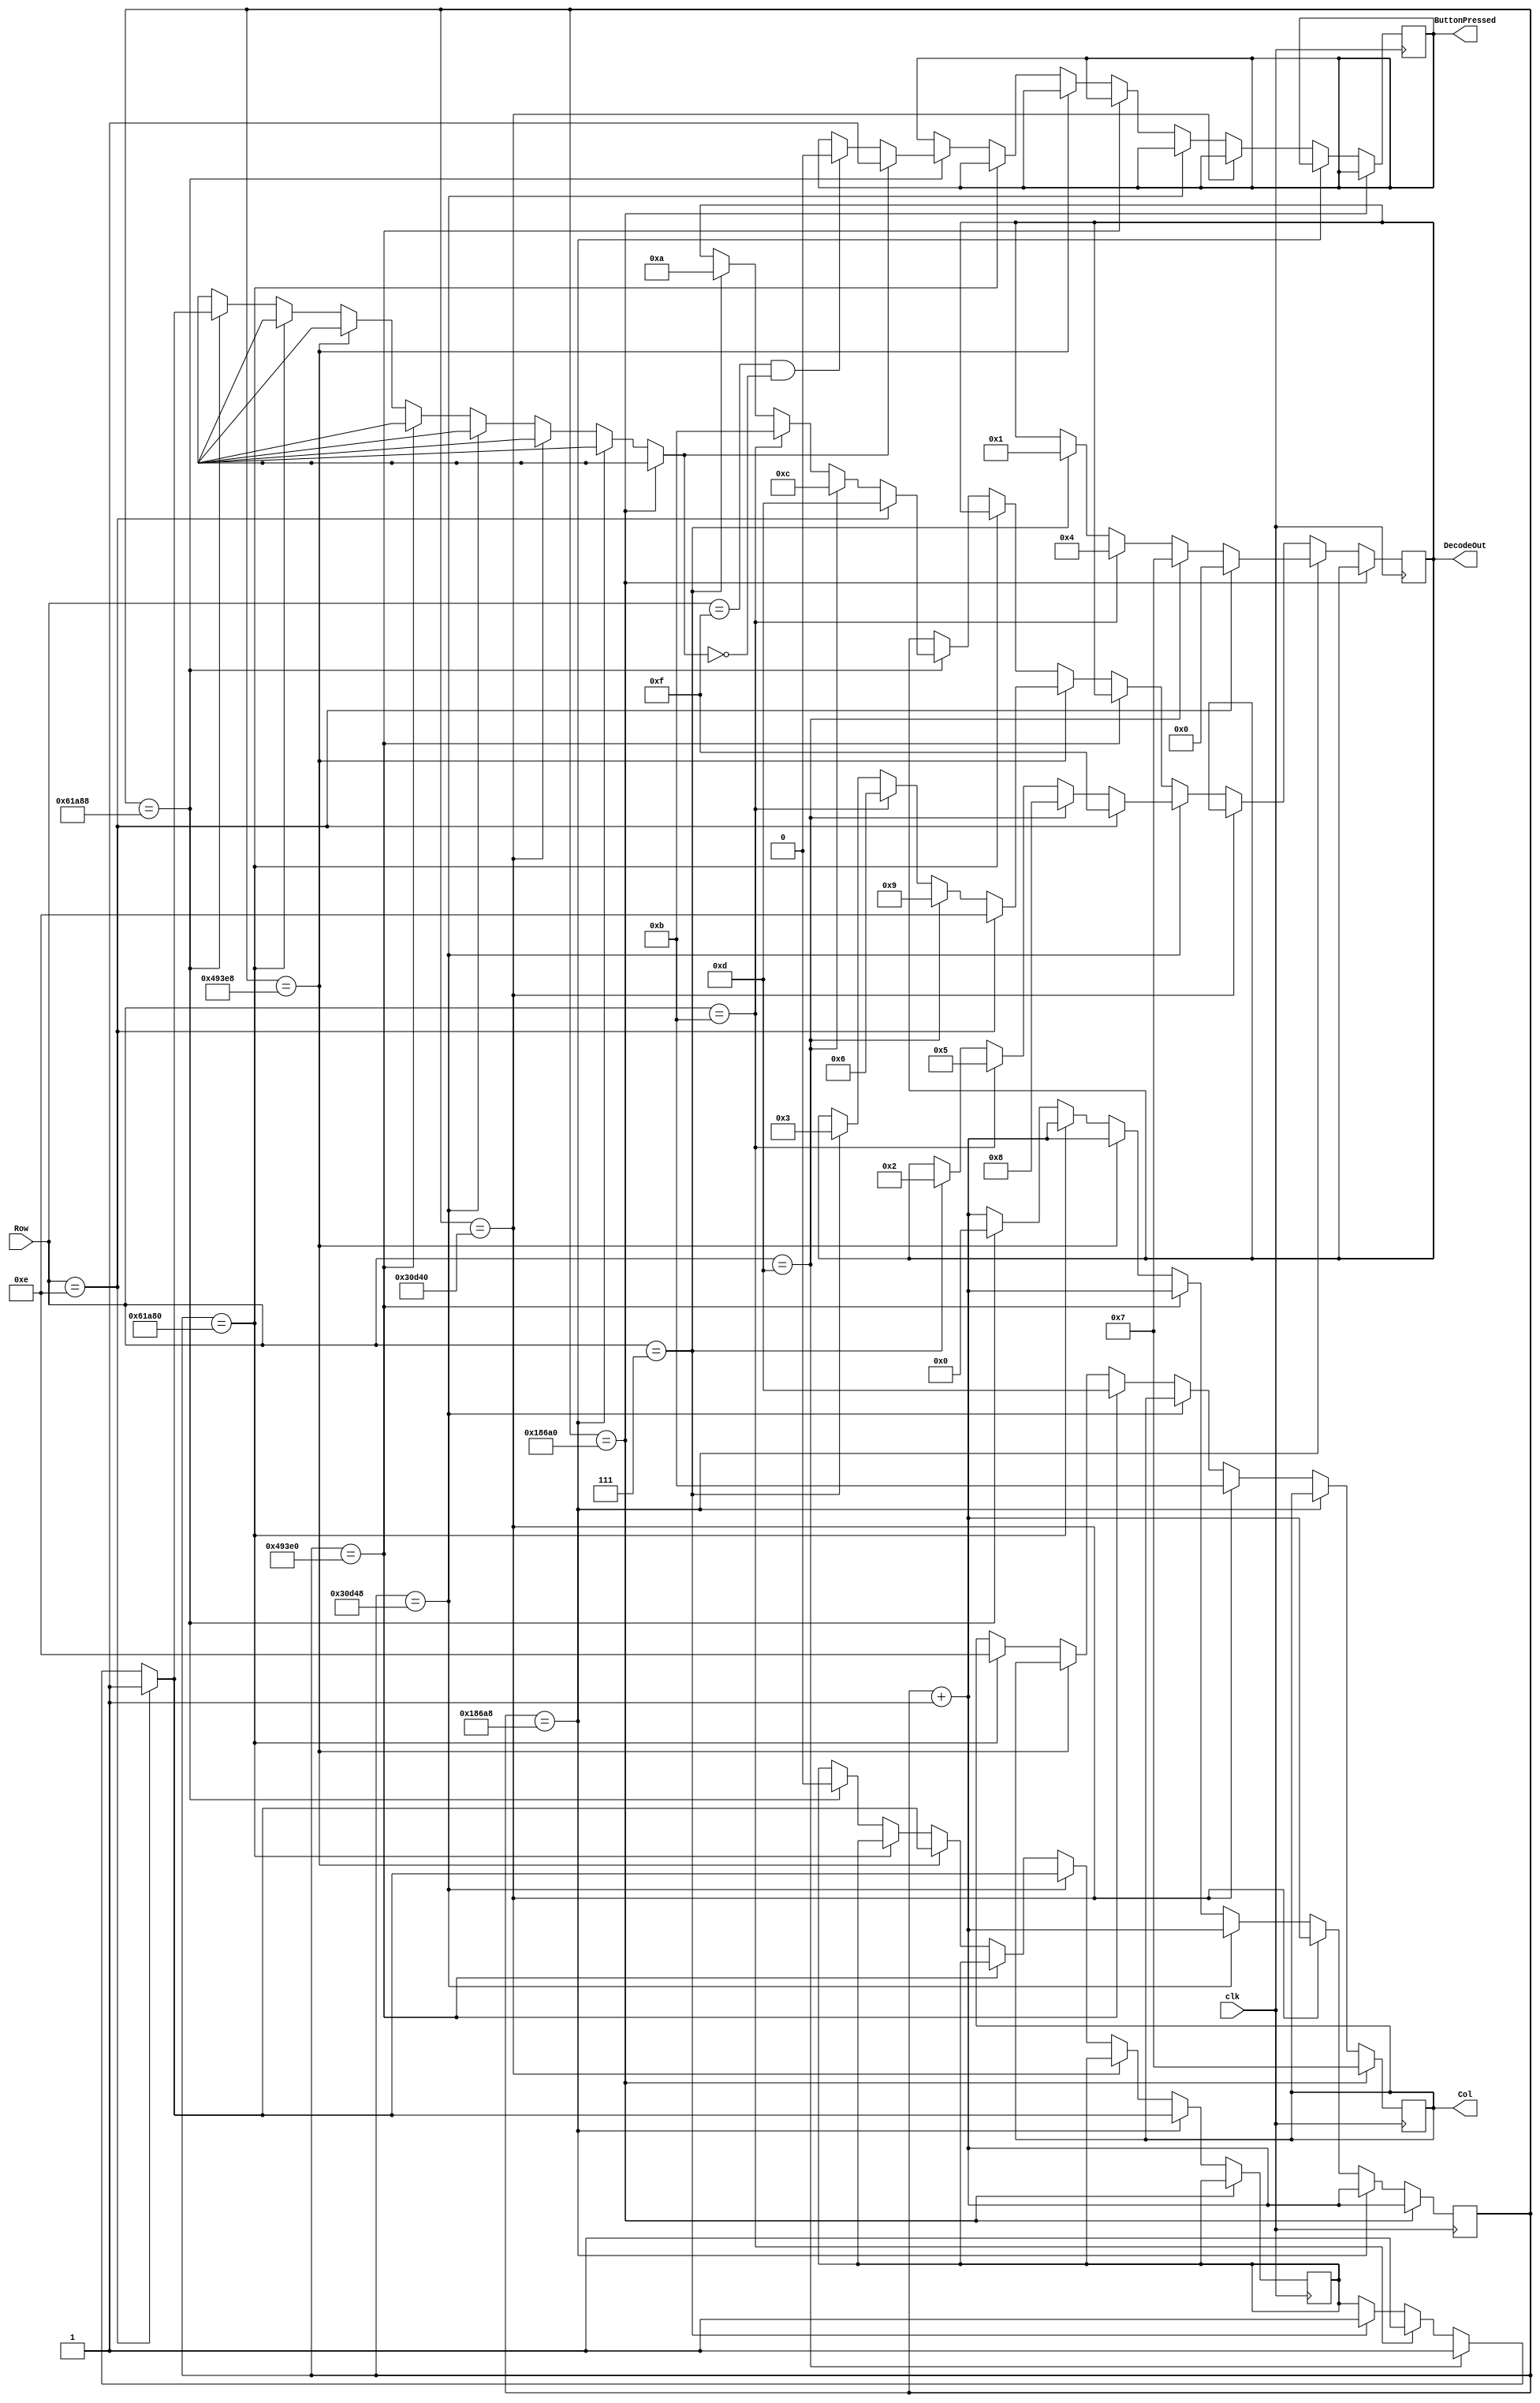
`timescale 1ns / 1ps

module Decoder(

    input clk,
    input [3:0] Row,
    output reg [3:0] Col,
    output reg[3:0] DecodeOut,
    output reg ButtonPressed
    );
    
    reg[19:0] sclk=0;
    reg flag=0;
    always@(posedge clk) begin
            // 1ms  CHECK COL1 00011000011010100000
            if(sclk==20'b00011000011010100000)begin
                    Col<=4'b0111;
                    sclk<=sclk+1'b1;
            end
            
            else if(sclk==20'b00011000011010101000)begin
                if(Row==4'b0111) begin
                    flag=1;
                    DecodeOut <= 4'b0001; //1

                end
                
                if(Row==4'b1011) begin
                    flag=1;
                    DecodeOut <= 4'b0100; //4
                end
                
                if(Row==4'b1101) begin
                    flag=1;
                    DecodeOut <= 4'b0111; //7
                end
                
                if(Row==4'b1110) begin
                    flag=1;
                    DecodeOut <= 4'b0000; //0
                end
                sclk<=sclk+1'b1;              
            end //1ms OVER
            
            // 2ms CHECK COL2 
            else if(sclk==20'b00110000110101000000)begin
                    Col<=4'b1011;
                    sclk<=sclk+1'b1;
            end
            
            else if(sclk==20'b00110000110101001000)begin
                if(Row==4'b0111) begin
                    flag=1;
                    DecodeOut <= 4'b0010; //2
                end
                
                if(Row==4'b1011) begin
                    flag=1;
                    DecodeOut <= 4'b0101; //5
                end
                
                if(Row==4'b1101) begin
                    flag=1;
                    DecodeOut <= 4'b1000; //8
                end
                
                if(Row==4'b1110) begin
                    flag=1;
                    DecodeOut <= 4'b1111; //F
                end
                sclk<=sclk+1'b1; 
            end //2ms OVER
            
            // 3ms CHECK COL3
            else if(sclk==20'b01001001001111100000)begin
                    Col<=4'b1101;
                    sclk<=sclk+1'b1;
            end
            
            else if(sclk==20'b01001001001111101000)begin
                if(Row==4'b0111) begin
                    flag=1;
                    DecodeOut <= 4'b0011;//3
                end
                
                if(Row==4'b1011) begin
                    flag=1;
                    DecodeOut <= 4'b0110;//6
                end
                
                if(Row==4'b1101) begin
                   flag=1;
                    DecodeOut <= 4'b1001;//9
                end
                
                if(Row==4'b1110) begin
                    flag=1;
                    DecodeOut <= 4'b1110;//E
                end
                sclk<=sclk+1'b1;
            end// 3ms OVER
            
            // 4ms CHECK COL4
            else if(sclk==20'b01100001101010000000)begin
                    Col<=4'b1110;
                    sclk<=sclk+1'b1;
            end
            
            else if(sclk==20'b01100001101010001000)begin
                if(Row==4'b0111) begin
                    flag=1;
                    DecodeOut <= 4'b1010;//A (10)
                end
                
                if(Row==4'b1011) begin
                    flag=1;
                    DecodeOut <= 4'b1011;//B (11)
                end
                
                if(Row==4'b1101) begin
                    flag=1;
                    DecodeOut <= 4'b1100;//C (12)
                end
                
                if(Row==4'b1110) begin
                    flag=1;
                    DecodeOut <= 4'b1101;//D (13)
                end
                if(Row == 4'b1111 && flag==0) begin
                    ButtonPressed =0;

                end

                if( flag==1) begin
                    ButtonPressed=1;
                    flag=0;
                end
                sclk<=20'b0; 
            end


            else begin
                sclk<=sclk+1'b1;
            end         
    end
endmodule